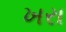
ખરા